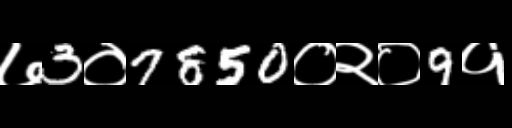
Text: ७3०7850०२०9१